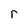
Character: r